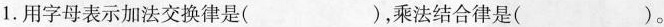
1.用字母表示加法交换律是( )，乘法结合律是( )。